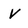
Character: V